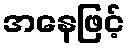
အနေဖြင့်